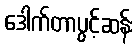
ဒေါက်တာပွင့်ဆန်း